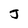
Character: J